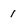
Character: 1